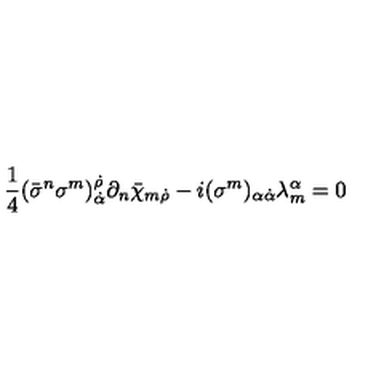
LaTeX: \frac { 1 } { 4 } ( \bar { \sigma } ^ { n } \sigma ^ { m } ) _ { \dot { \alpha } } ^ { \dot { \rho } } \partial _ { n } \bar { \chi } _ { m \dot { \rho } } - i ( \sigma ^ { m } ) _ { \alpha { \dot { \alpha } } } \lambda _ { m } ^ { \alpha } = 0